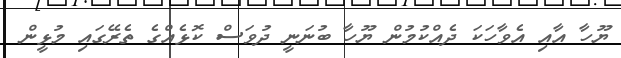
ޔޫހާ އާއި އެވާހަކަ ދެއްކުމުން ޔޫހާ ބުނަނީ ދުވަސް ކޮޅެއްގެ ތެރޭގައި މުޅީން